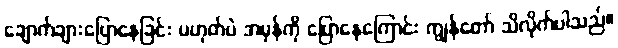
ချောက်ချားပြောနေခြင်း မဟုတ်ပဲ အမှန်ကို ပြောနေကြောင်း ကျွန်တော် သိလိုက်ပါသည်။